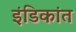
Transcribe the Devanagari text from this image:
इंडिकांत